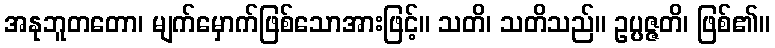
အနုဘူတတော၊ မျက်မှောက်ဖြစ်သောအားဖြင့်။ သတိ၊ သတိသည်။ ဥပ္ပဇ္ဇတိ၊ ဖြစ်၏။